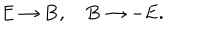
\mathbf { E } \rightarrow \mathbf { B } , ~ \mathbf { B } \rightarrow - \mathbf { E } .